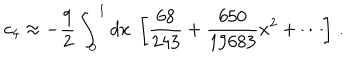
c _ { 4 } \approx - \frac { 9 } { 2 } \int _ { 0 } ^ { 1 } d x \; \left[ \frac { 6 8 } { 2 4 3 } + \frac { 6 5 0 } { 1 9 6 8 3 } x ^ { 2 } + \cdots \right] \, .